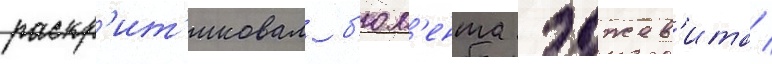
раскр'ит'иковал б'юл'ента эджев'ита /